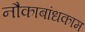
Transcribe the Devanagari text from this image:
नौकाबांधकाम